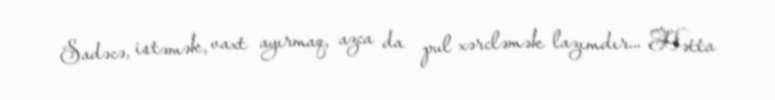
Sadəcə, istəmək, vaxt ayırmaq, azca da pul xərcləmək lazımdır... Hətta